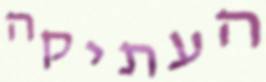
העתיקה